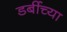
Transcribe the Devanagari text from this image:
डर्बीच्या